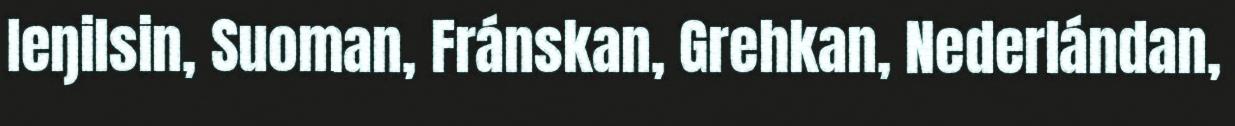
Ieŋilsin, Suoman, Fránskan, Grehkan, Nederlándan,